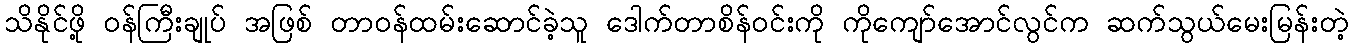
သိနိုင်ဖို့ ဝန်ကြီးချုပ် အဖြစ် တာဝန်ထမ်းဆောင်ခဲ့သူ ဒေါက်တာစိန်ဝင်းကို ကိုကျော်အောင်လွင်က ဆက်သွယ်မေးမြန်းတဲ့